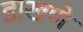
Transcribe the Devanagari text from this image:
डाखणे